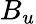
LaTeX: B_{u}